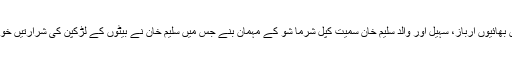
دبنگ اداکار سلمان خان دونوں بھائیوں ارباز، سہیل اور والد سلیم خان سمیت کپل شرما شو کے مہمان بنے جس میں سلیم خان نے بیٹوں کے لڑکپن کی شرارتیں خوب مزے لے لے کر بیان کیں۔